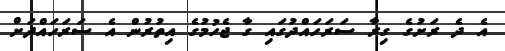
އެ ދެ ރަށުގެ ގިރާ ސަރަހައްދުގައި ގާ ޖެހުމުގެ އިތުރުން އެ ސަރަހައްދަށް